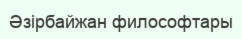
Әзірбайжан философтары